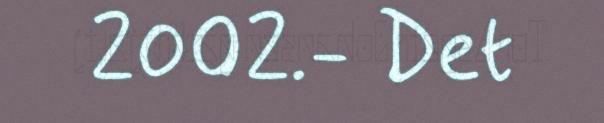
2002.- Det